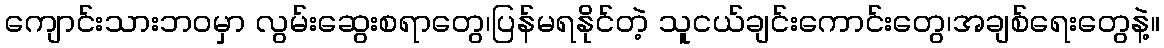
ကျောင်းသားဘဝမှာ လွမ်းဆွေးစရာတွေ၊ပြန်မရနိုင်တဲ့ သူငယ်ချင်းကောင်းတွေ၊အချစ်ရေးတွေနဲ့။